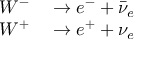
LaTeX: \begin{array} { r l } { W ^ { - } } & { { } \to e ^ { - } + { \bar { \nu } } _ { e } ~ } \\ { W ^ { + } } & { { } \to e ^ { + } + \nu _ { e } ~ } \end{array}